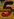
5